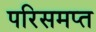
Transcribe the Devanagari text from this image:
परिसमप्‍त